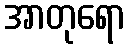
အာတုရော